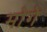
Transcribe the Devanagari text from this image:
मोगे